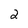
Character: 2